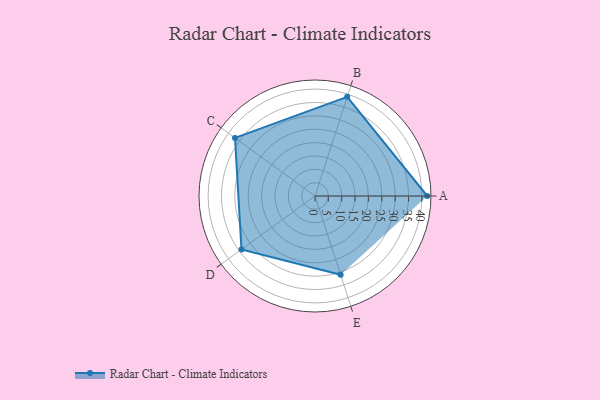
{"axis": {"x": "Skill", "y": "Score"}, "legend": ["Profile"], "data": [{"x": "A", "y": 42.0, "type": "Profile"}, {"x": "B", "y": 39.0, "type": "Profile"}, {"x": "C", "y": 37.0, "type": "Profile"}, {"x": "D", "y": 34.0, "type": "Profile"}, {"x": "E", "y": 31.0, "type": "Profile"}]}